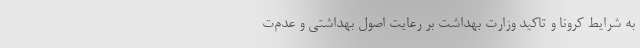
به شرایط کرونا و تاکید وزارت بهداشت بر رعایت اصول بهداشتی و عدم‌ت